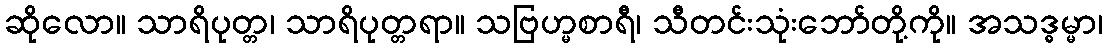
ဆိုလော။ သာရိပုတ္တ၊ သာရိပုတ္တရာ။ သဗြဟ္မစာရီ၊ သီတင်းသုံးဘော်တို့ကို။ အသဒ္ဓမ္မာ၊